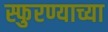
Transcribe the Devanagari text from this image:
स्फुरण्याच्या